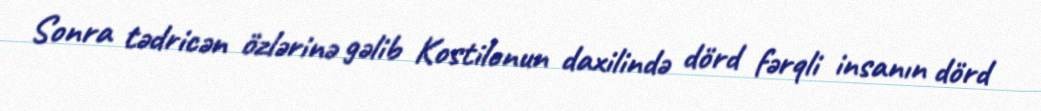
Sonra tədricən özlərinə gəlib Kostilonun daxilində dörd fərqli insanın dörd